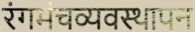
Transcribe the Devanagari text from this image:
रंगमंचव्यवस्थापन